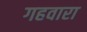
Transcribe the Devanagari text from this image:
गहवारा